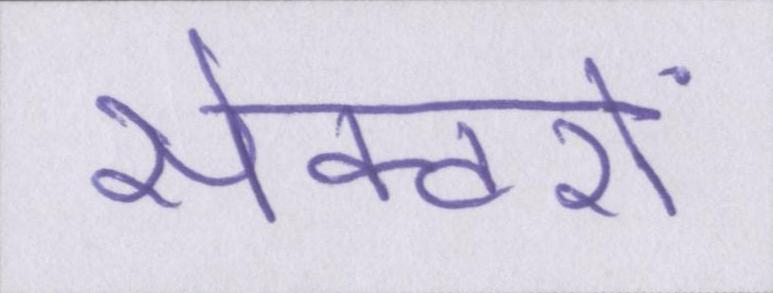
सेक्टरों